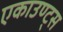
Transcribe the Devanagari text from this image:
एकाउण्ट्स